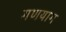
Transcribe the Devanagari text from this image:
गणयाग